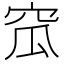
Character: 窊